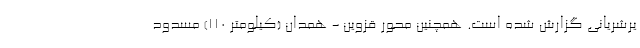
یرشریانی گزارش شده است. همچنین محور قزوین - همدان (کیلومتر ۱۱۰) مسدود